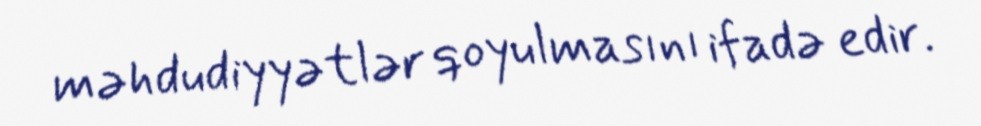
məhdudiyyətlər qoyulmasını ifadə edir.